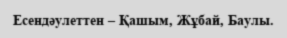
Есендәулеттен – Қашым, Жұбай, Баулы.